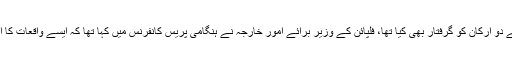
خیال رہے کہ کویت نے ملازماؤں کو نکالنے کی کارروائیوں میں مصروف سفارتی عملے کے دو ارکان کو گرفتار بھی کیا تھا، فلپائن کے وزیر برائے امور خارجہ نے ہنگامی پریس کانفرنس میں کہا تھا کہ ایسے واقعات کا اعادہ نہیں ہوگا اور دونوں ممالک تارکین وطن کے تحفظ کے ایک معاہدے پر کام کر رہے ہیں۔